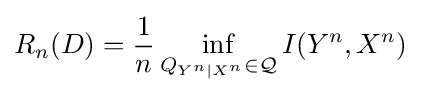
R_{n}(D)={\frac {1}{n}}\inf _{Q_{Y^{n}\mid X^{n}}\in {\mathcal {Q}}}I(Y^{n},X^{n})